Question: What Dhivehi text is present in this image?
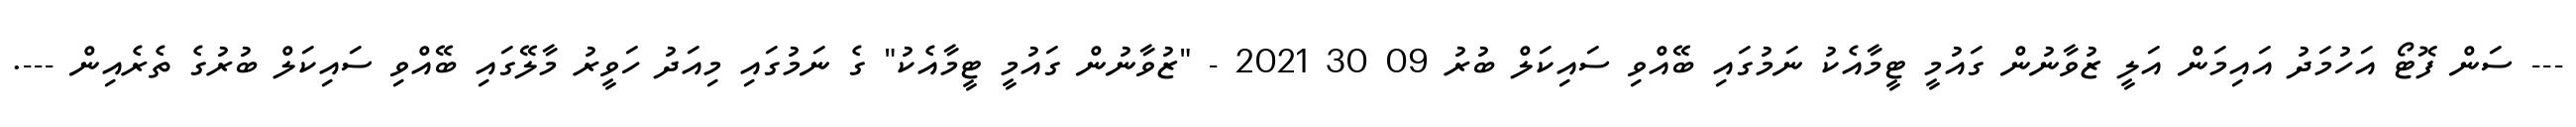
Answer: --- ސަން ފޮޓޯ އަހުމަދު އައިމަން އަލީ ޒުވާނުން ގައުމީ ޓީމާއެކު ނަމުގައި ބޭއްވި ސައިކަލް ބުރު 09 30 2021 - "ޒުވާނުން ގައުމީ ޓީމާއެކު" ގެ ނަމުގައި މިއަދު ހަވީރު މާލޭގައި ބޭއްވި ސައިކަލް ބުރުގެ ތެރެއިން ---.